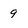
Character: 9